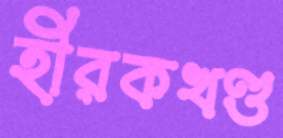
হীরকখণ্ড